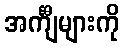
အင်္ကျီများကို